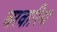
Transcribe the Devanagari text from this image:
जरवारिया